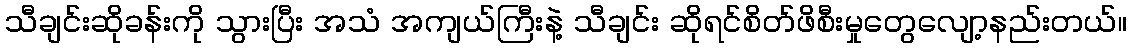
သီချင်းဆိုခန်းကို သွားပြီး အသံ အကျယ်ကြီးနဲ့ သီချင်း ဆိုရင်စိတ်ဖိစီးမှုတွေလျော့နည်းတယ်။